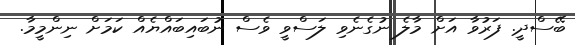
ބޭސްދީ. ފަރުވާ އަށް މާލެ ނުގެނެވި ލަސްވީ ވެސް ނުބައިބައްޔެއް ކަމަށް ނިންމީމާ.